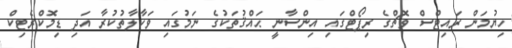
ހިޔުމަން ރައިޓްސް ވޮޗްގެ ރިޕޯޓްގައި އިންސާނީ ޙައްޤުތަކުގެ ނަމުގައި ވަކާލާތުކުރާ އަދި ޑިމޮކްރެޓިކް